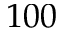
1 0 0